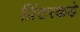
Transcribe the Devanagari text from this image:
प्रिंटरकडे